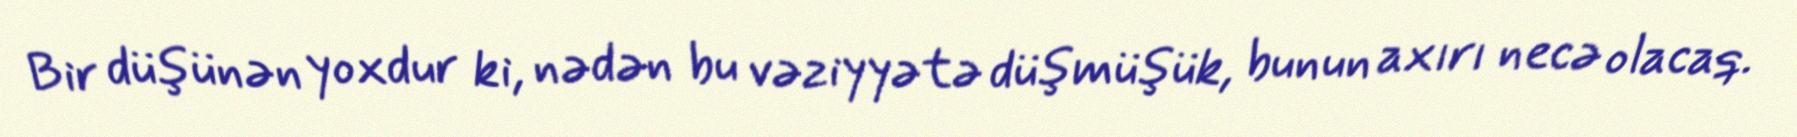
Bir düşünən yoxdur ki, nədən bu vəziyyətə düşmüşük, bunun axırı necə olacaq.